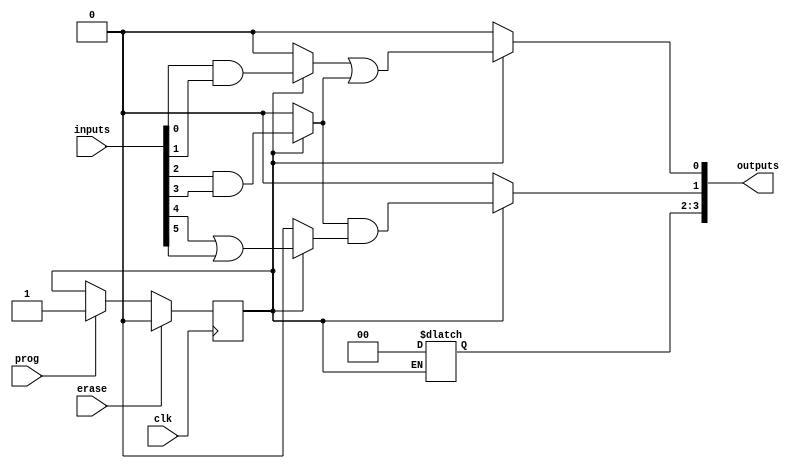
module epld(
    input wire clk,               // Clock signal for synchronous operation
    input wire [N-1:0] inputs,    // External inputs
    input wire prog,              // Programming signal
    input wire erase,             // Erase signal
    output reg [M-1:0] outputs    // External outputs
);

    parameter N = 8;              // Number of inputs
    parameter M = 4;              // Number of outputs
    parameter P = 16;             // Number of product terms

    reg [P-1:0] product_terms;    // Product terms generated by AND gates
    reg [M-1:0] or_outputs;       // Outputs from OR gates
    reg [P-1:0] config_memory;     // Configuration memory for storing product terms
    reg programmed;               // Indicator for whether the device is programmed

    // Always block for programming the EPLD
    always @(posedge clk) begin
        if (erase) begin
            // Erasure process
            config_memory <= 0;    // Clear the configuration memory
            programmed <= 0;       // Mark the device as unprogrammed
        end else if (prog) begin
            // Programming process
            config_memory <= product_terms; // Load the new configuration
            programmed <= 1;       // Mark the device as programmed
        end
    end

    // Logic Array: Generate product terms based on inputs and configuration
    always @* begin
        if (programmed) begin
            // Example logic for generating product terms
            product_terms[0] = inputs[0] & inputs[1]; // AND gate 1
            product_terms[1] = inputs[2] & inputs[3]; // AND gate 2
            product_terms[2] = inputs[4] | inputs[5]; // AND gate 3 (OR operation)
            // More product terms can be defined as needed
        end else begin
            product_terms = 0;
        end
    end

    // OR gates to generate outputs from product terms
    always @* begin
        if (programmed) begin
            or_outputs[0] = product_terms[0] | product_terms[1]; // OR gate 1
            or_outputs[1] = product_terms[1] & product_terms[2]; // OR gate 2
            // More OR gates can be defined as needed
        end else begin
            or_outputs = 0;
        end
    end

    // Assign outputs
    always @* begin
        outputs = or_outputs; // Drive outputs based on OR gate results
    end

endmodule